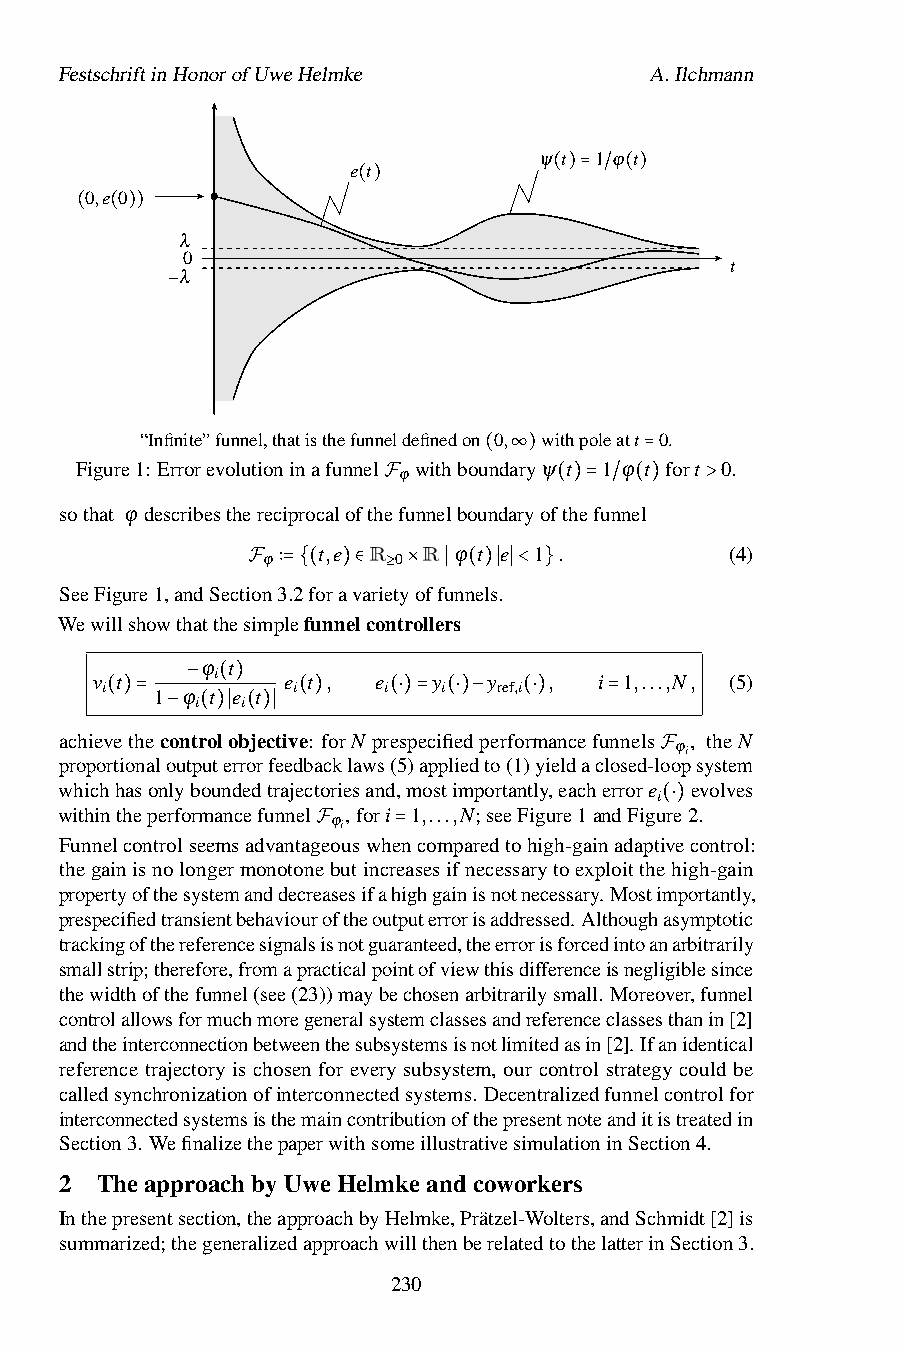
FestschriftinHonorofUweHelmke          A.Ilchmann
 ψ t 1 ϕ t
 e t
 0,e 0
 b                      ()= / ()
 ()
 ( ( )) λ
 0
 t
 λ
 −
 “Infinite”funnel,thatisthefunneldefinedon 0, withpoleatt 0.
 Figure1: Errorevolutioninafunnel withboundaryψ t 1 ϕ t fort 0.
 ϕ     ( ∞)       =
 sothat ϕ describesthereciprocalofthFefunnelboundaryof(th)e=fun/ne(l) >
 t,e R  R ϕ t e 1 .         (4)
 ϕ        0
 SeeFigure1,andSecti Fon3 ∶=.2 {f (ora )v ∈arie≥ty ×offu ∣nn (e )ls ∣.
 ∣< }
 Wewillshowthatthesimplefunnelcontrollers
 ϕ t
 i
 v t          e t , e   y  y   ,   i 1,...,N, (5)
 i
 1 ϕ t e t
 i     i   i   ref,i
 i  i
 − ( )
 ( )=         ( )   (⋅)= (⋅)− (⋅) =
 achievethec−ontr(o)l∣ob(je)c∣tive: forN prespecifiedperformancefunnels ϕi, theN
 proportionaloutputerrorfeedbacklaws(5)appliedto(1)yieldaclosed-loopsystem
 whichhasonlyboundedtrajectoriesand,mostimportantly,eacherroreF evolves
 i
 withintheperformancefunnel ,fori 1,...,N;seeFigure1andFigure2.
 ϕi
 (⋅)
 Funnelcontrolseemsadvantageouswhencomparedtohigh-gainadaptivecontrol:
 F    =
 thegainisnolongermonotonebutincreasesifnecessarytoexploitthehigh-gain
 propertyofthesystemanddecreasesifahighgainisnotnecessary.Mostimportantly,
 prespecifiedtransientbehaviouroftheoutputerrorisaddressed.Althoughasymptotic
 trackingofthereferencesignalsisnotguaranteed,theerrorisforcedintoanarbitrarily
 smallstrip;therefore,fromapracticalpointofviewthisdifferenceisnegligiblesince
 thewidthofthefunnel(see(23))maybechosenarbitrarilysmall. Moreover,funnel
 controlallowsformuchmoregeneralsystemclassesandreferenceclassesthanin[2]
 andtheinterconnectionbetweenthesubsystemsisnotlimitedasin[2].Ifanidentical
 reference trajectory is chosen for every subsystem, our control strategy could be
 calledsynchronizationofinterconnectedsystems. Decentralizedfunnelcontrolfor
 interconnectedsystemsisthemaincontributionofthepresentnoteanditistreatedin
 Section3. WefinalizethepaperwithsomeillustrativesimulationinSection4.
 2 TheapproachbyUweHelmkeandcoworkers
 Inthepresentsection,theapproachbyHelmke,Prätzel-Wolters,andSchmidt[2]is
 summarized;thegeneralizedapproachwillthenberelatedtothelatterinSection3.
 230